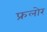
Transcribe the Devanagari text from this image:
फ्रलोर